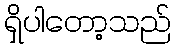
ရှိပါတော့သည်